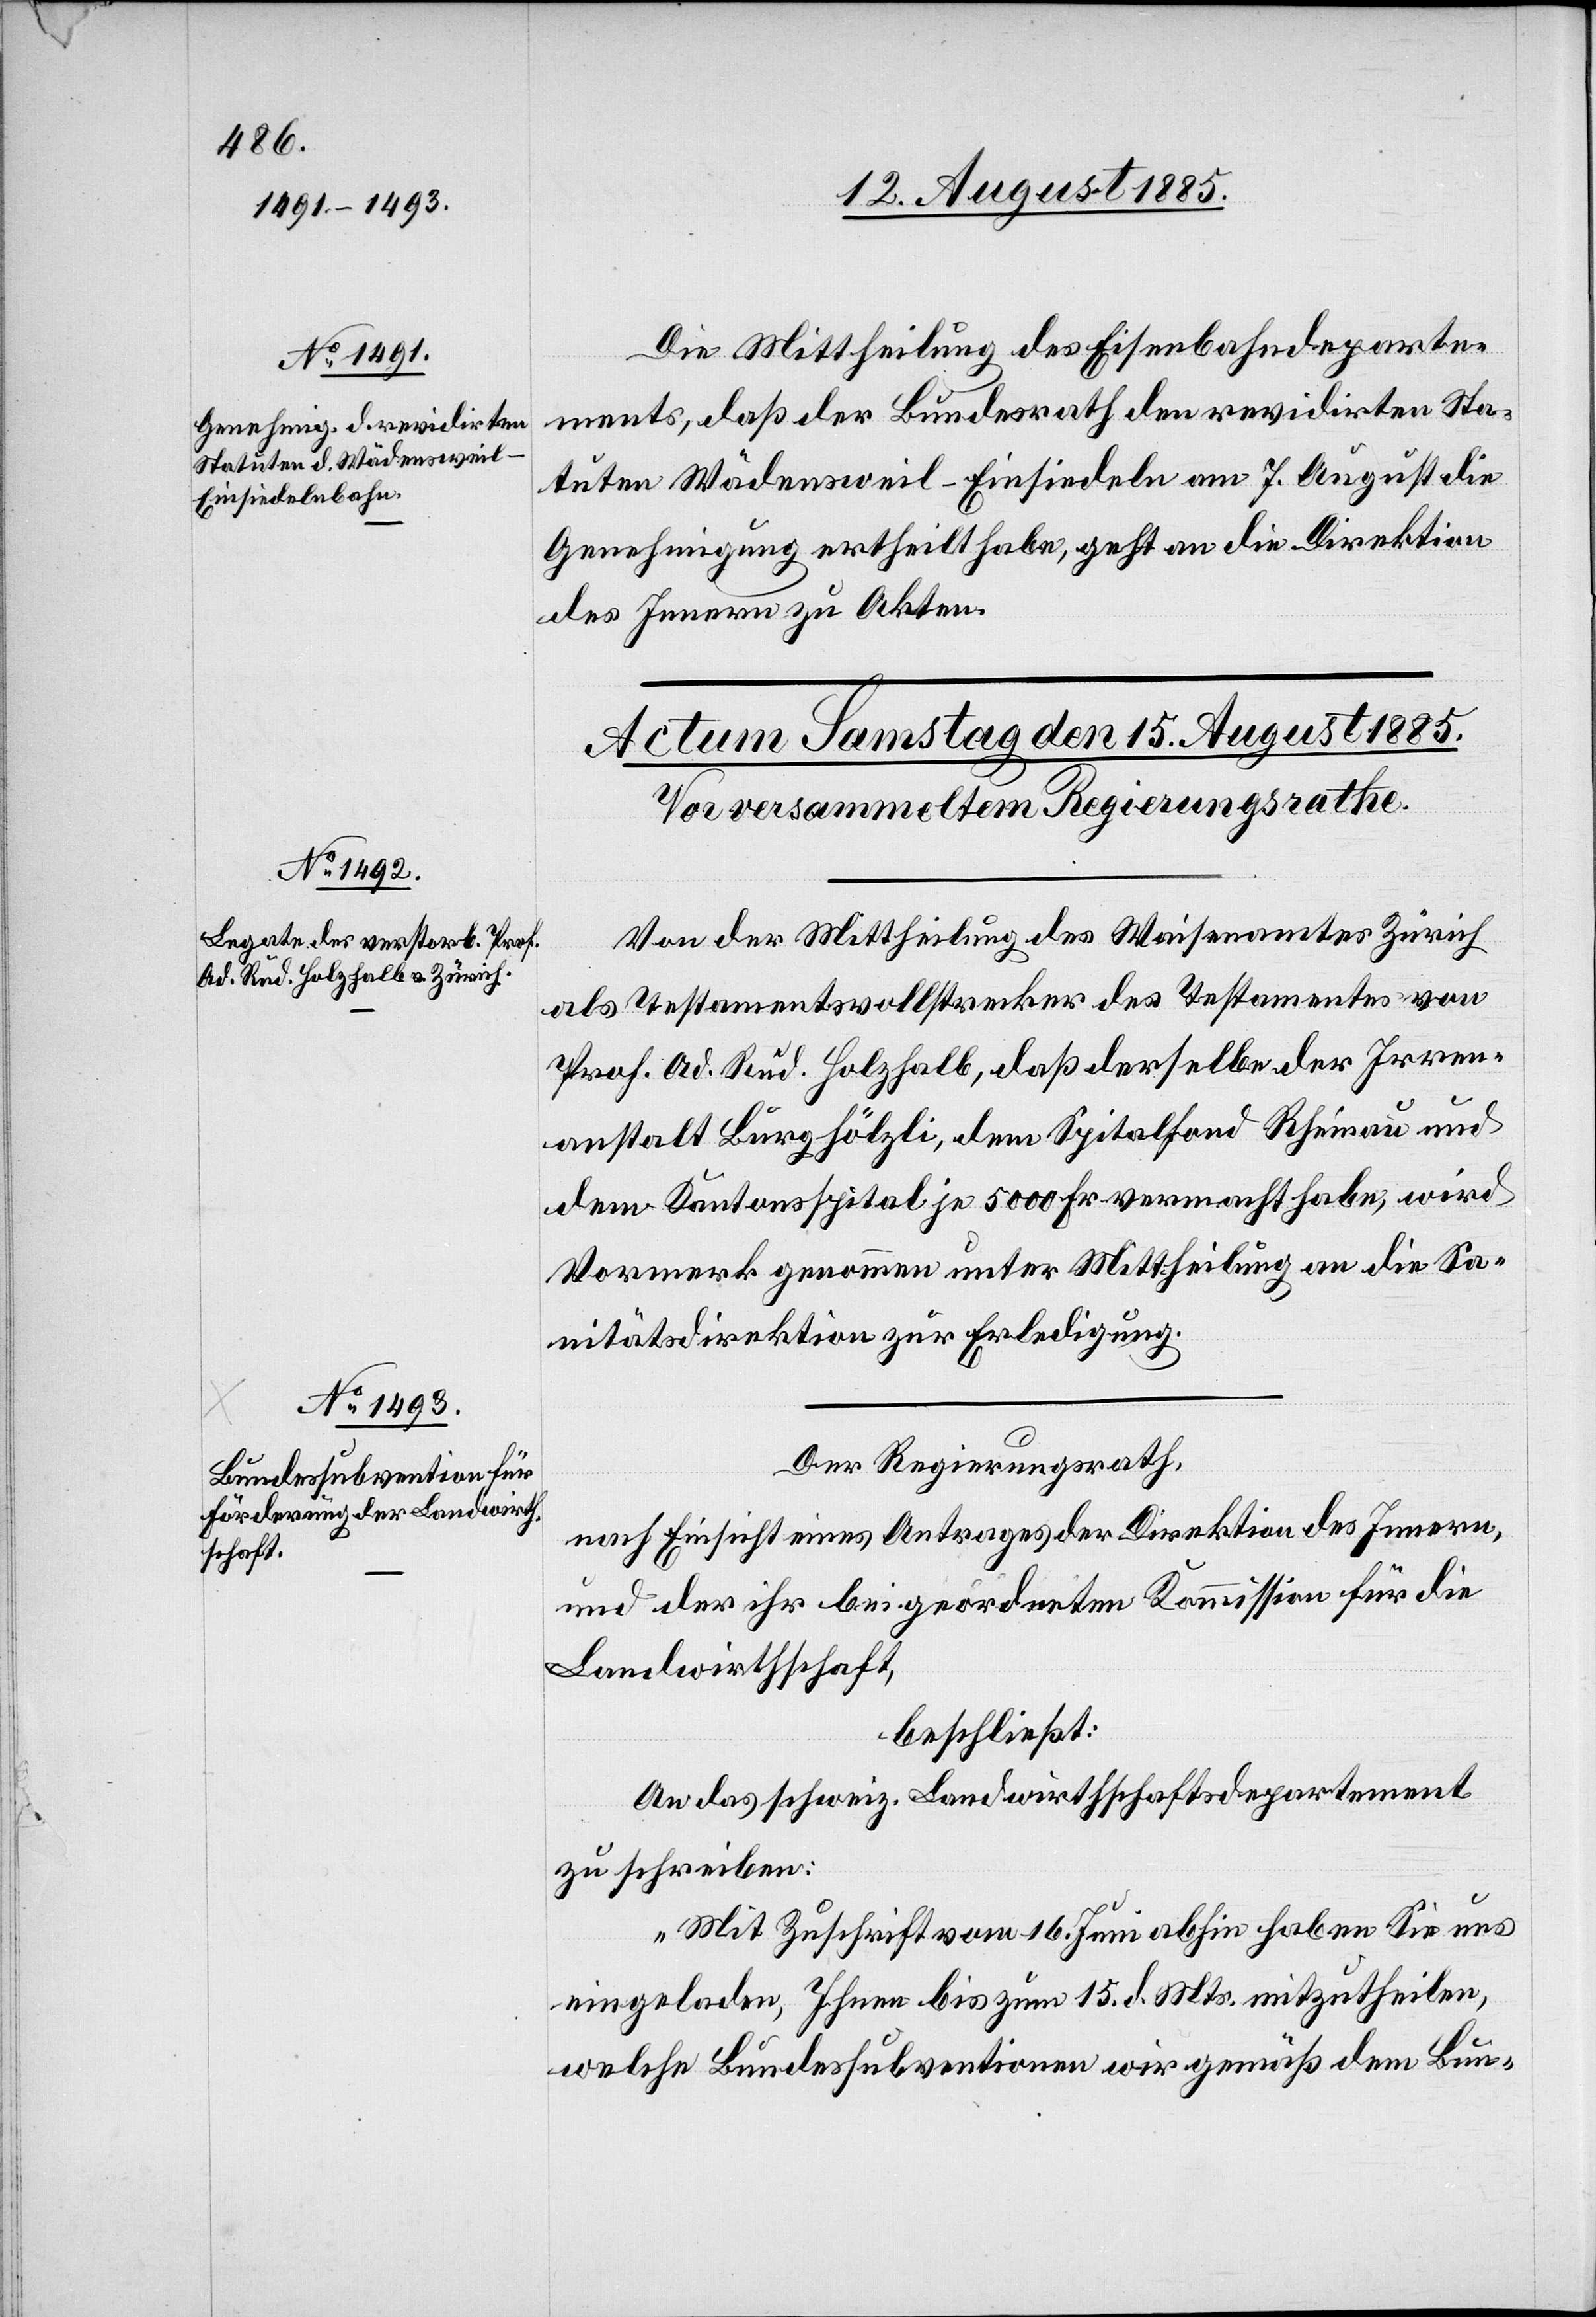
12. August 1885.]
Die Mittheilung des Eisenbahndeparte¬
ments, daß der Bundesrath den revidirten Sta¬
tuen Wädensweil–Einsiedeln am 7. August die
Genehmigung ertheilt habe, geht an die Direktion
des Innern zu Akten.
Von der Mittheilung des Waisenamtes Zürich
als Testamentvollstrecker des Testamentes von
Prof. Ad. Rud. Holzhalb, daß derselbe der Irren¬
anstalt Burghölzli, dem Spitalfond Rheinau und
dem Kantonsspital je 5000 Fr. vermacht habe, wird
Vormerk genommen unter Mittheilung an die Sa¬
nitätsdirektion zur Erledigung.
Der Regierungsrath,
nach Einsicht eines Antrages der Direktion des Innern
und der ihr beigeordneten Kommission für die
Landwirthschaft,
beschließt:
An das schweiz. Landwirthschaftsdepartement
zu schreiben:
„Mit Zuschrift vom 16. Juni abhin haben Sie uns
eingeladen, Ihnen bis zum 15. d. Mts. mitzutheilen,
welche Bundessubventionen wir gemäß dem Bun-